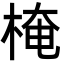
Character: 㭺